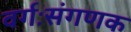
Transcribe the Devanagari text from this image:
वर्गःसंगणक